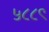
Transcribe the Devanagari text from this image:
५८८९